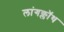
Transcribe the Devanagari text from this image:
लांगक्लॉथ